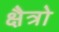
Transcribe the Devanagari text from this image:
क्षैत्रो